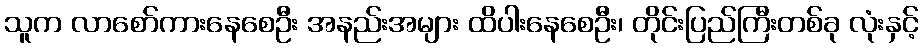
သူက လာစော်ကားနေစေဦး အနည်းအများ ထိပါးနေစေဦး၊ တိုင်းပြည်ကြီးတစ်ခု လုံးနှင့်